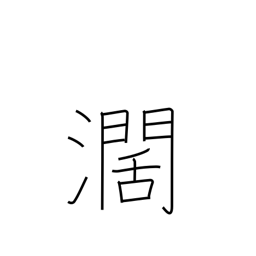
Meaning: wide